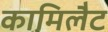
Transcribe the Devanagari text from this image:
कामिलैट